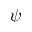
\psi